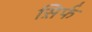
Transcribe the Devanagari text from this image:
स़िर्फ